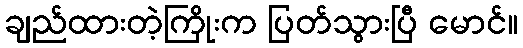
ချည်ထားတဲ့ကြိုးက ပြတ်သွားပြီ မောင်။